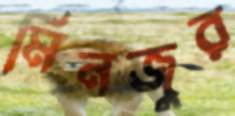
মিনজুর